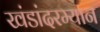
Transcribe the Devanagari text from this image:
खंडांदरम्यान